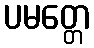
ပမတ္တေ